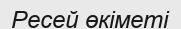
Ресей өкіметі